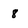
Character: 8